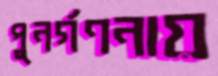
পুনর্গণনায়